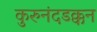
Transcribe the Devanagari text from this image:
कुरुनंदडक्कन